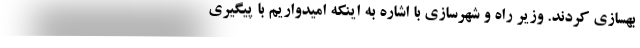
بهسازی کردند. وزیر راه و شهرسازی با اشاره به اینکه امیدواریم با پیگیری